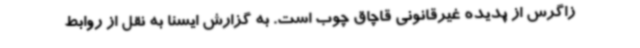
زاگرس از پدیده غیرقانونی قاچاق چوب است. به گزارش ایسنا به نقل از روابط